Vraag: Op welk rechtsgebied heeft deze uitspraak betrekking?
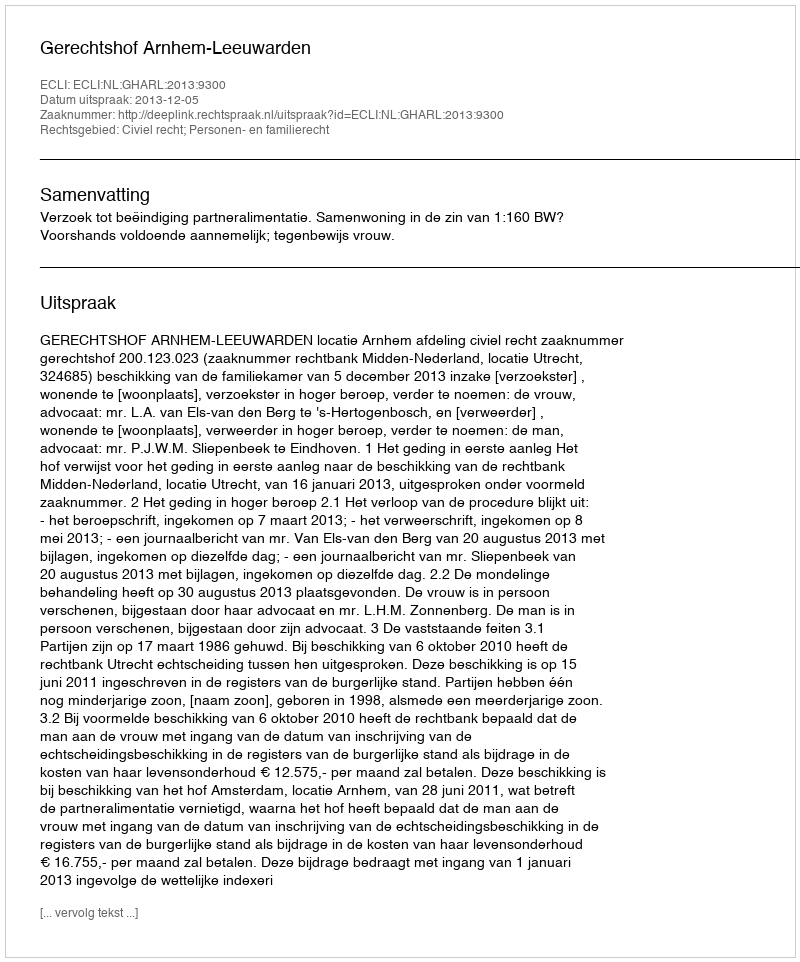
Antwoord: Civiel recht; Personen- en familierecht